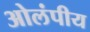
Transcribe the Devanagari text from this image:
ओलंपीय